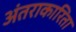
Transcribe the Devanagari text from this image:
अंतराकारिता